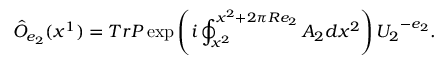
\hat { O } _ { e _ { 2 } } ( x ^ { 1 } ) = T r P \exp \left( i \oint _ { x ^ { 2 } } ^ { x ^ { 2 } + 2 \pi R e _ { 2 } } A _ { 2 } d x ^ { 2 } \right) { U _ { 2 } } ^ { - e _ { 2 } } .